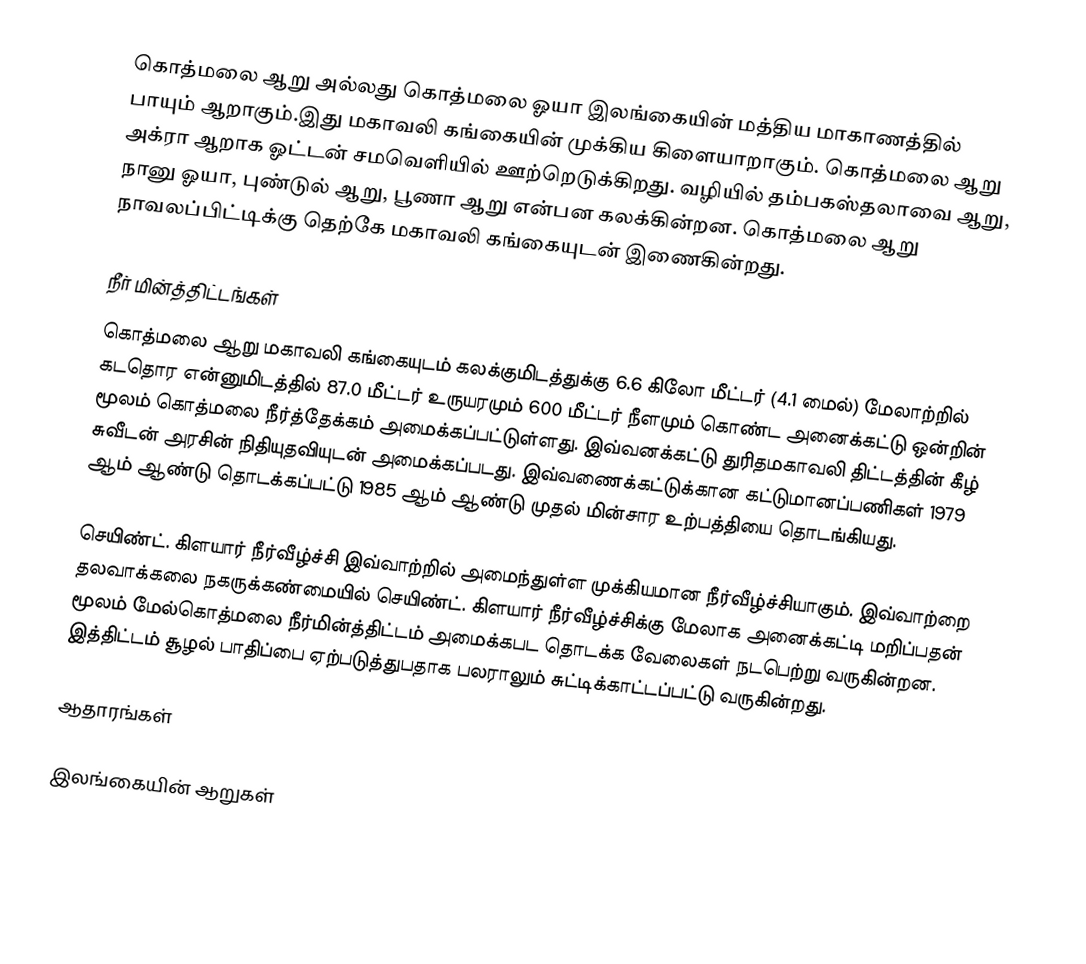
கொத்மலை ஆறு அல்லது கொத்மலை ஓயா இலங்கையின்　மத்திய　மாகாணத்தில்　பாயும்　ஆறாகும்.இது மகாவலி கங்கையின் முக்கிய கிளையாறாகும். கொத்மலை ஆறு அக்ரா ஆறாக ஓட்டன் சமவெளியில் ஊற்றெடுக்கிறது. வழியில் தம்பகஸ்தலாவை ஆறு, நானு ஓயா, புண்டுல் ஆறு, பூணா ஆறு என்பன கலக்கின்றன. கொத்மலை ஆறு நாவலப்பிட்டிக்கு தெற்கே மகாவலி கங்கையுடன் இணைகின்றது.

நீர்　மின்த்திட்டங்கள்
கொத்மலை　ஆறு　மகாவலி　கங்கையுடம்　கலக்குமிடத்துக்கு　6.6　கிலோ　மீட்டர்　(4.1　மைல்)　மேலாற்றில்　கடதொர　என்னுமிடத்தில்　87.0 மீட்டர் உருயரமும்　600 மீட்டர்　நீளமும்　கொண்ட அனைக்கட்டு ஒன்றின் மூலம் கொத்மலை நீர்த்தேக்கம் அமைக்கப்பட்டுள்ளது. இவ்வனக்கட்டு துரிதமகாவலி திட்டத்தின் கீழ் சுவீடன் அரசின் நிதியுதவியுடன் அமைக்கப்படது. இவ்வணைக்கட்டுக்கான கட்டுமானப்பணிகள் 1979 ஆம் ஆண்டு தொடக்கப்பட்டு 1985 ஆம் ஆண்டு முதல் மின்சார உற்பத்தியை தொடங்கியது.

செயிண்ட். கிளயார் நீர்வீழ்ச்சி　இவ்வாற்றில் அமைந்துள்ள முக்கியமான நீர்வீழ்ச்சியாகும். இவ்வாற்றை தலவாக்கலை நகருக்கண்மையில் செயிண்ட். கிளயார் நீர்வீழ்ச்சிக்கு மேலாக அனைக்கட்டி மறிப்பதன் மூலம் மேல்கொத்மலை நீர்மின்த்திட்டம் அமைக்கபட தொடக்க வேலைகள்　நடபெற்று　வருகின்றன. இத்திட்டம் சூழல் பாதிப்பை ஏற்படுத்துபதாக பலராலும் சுட்டிக்காட்டப்பட்டு வருகின்றது.

ஆதாரங்கள்

இலங்கையின் ஆறுகள்